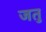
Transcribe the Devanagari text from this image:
जतु